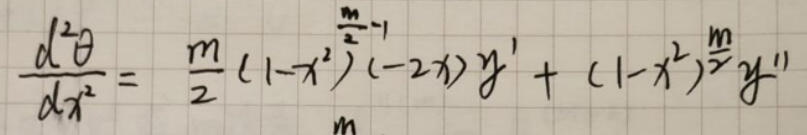
\[
\frac{d^{2}\theta}{dx^{2}} = \frac{m}{2}(1 - x^{2})^{\frac{m}{2}-1}(-2x)y' + (1 - x^{2})^{\frac{m}{2}}y''
\]